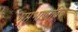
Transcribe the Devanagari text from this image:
गुप्तभाषाविद